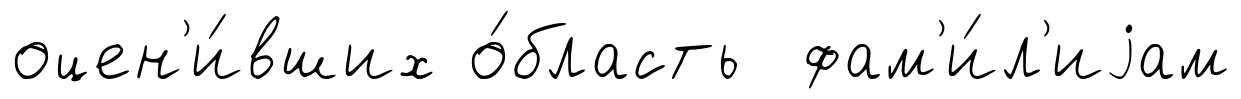
оцен'и́вших о́бласть фам'и́л'иjам